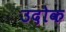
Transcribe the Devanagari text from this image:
उदोक